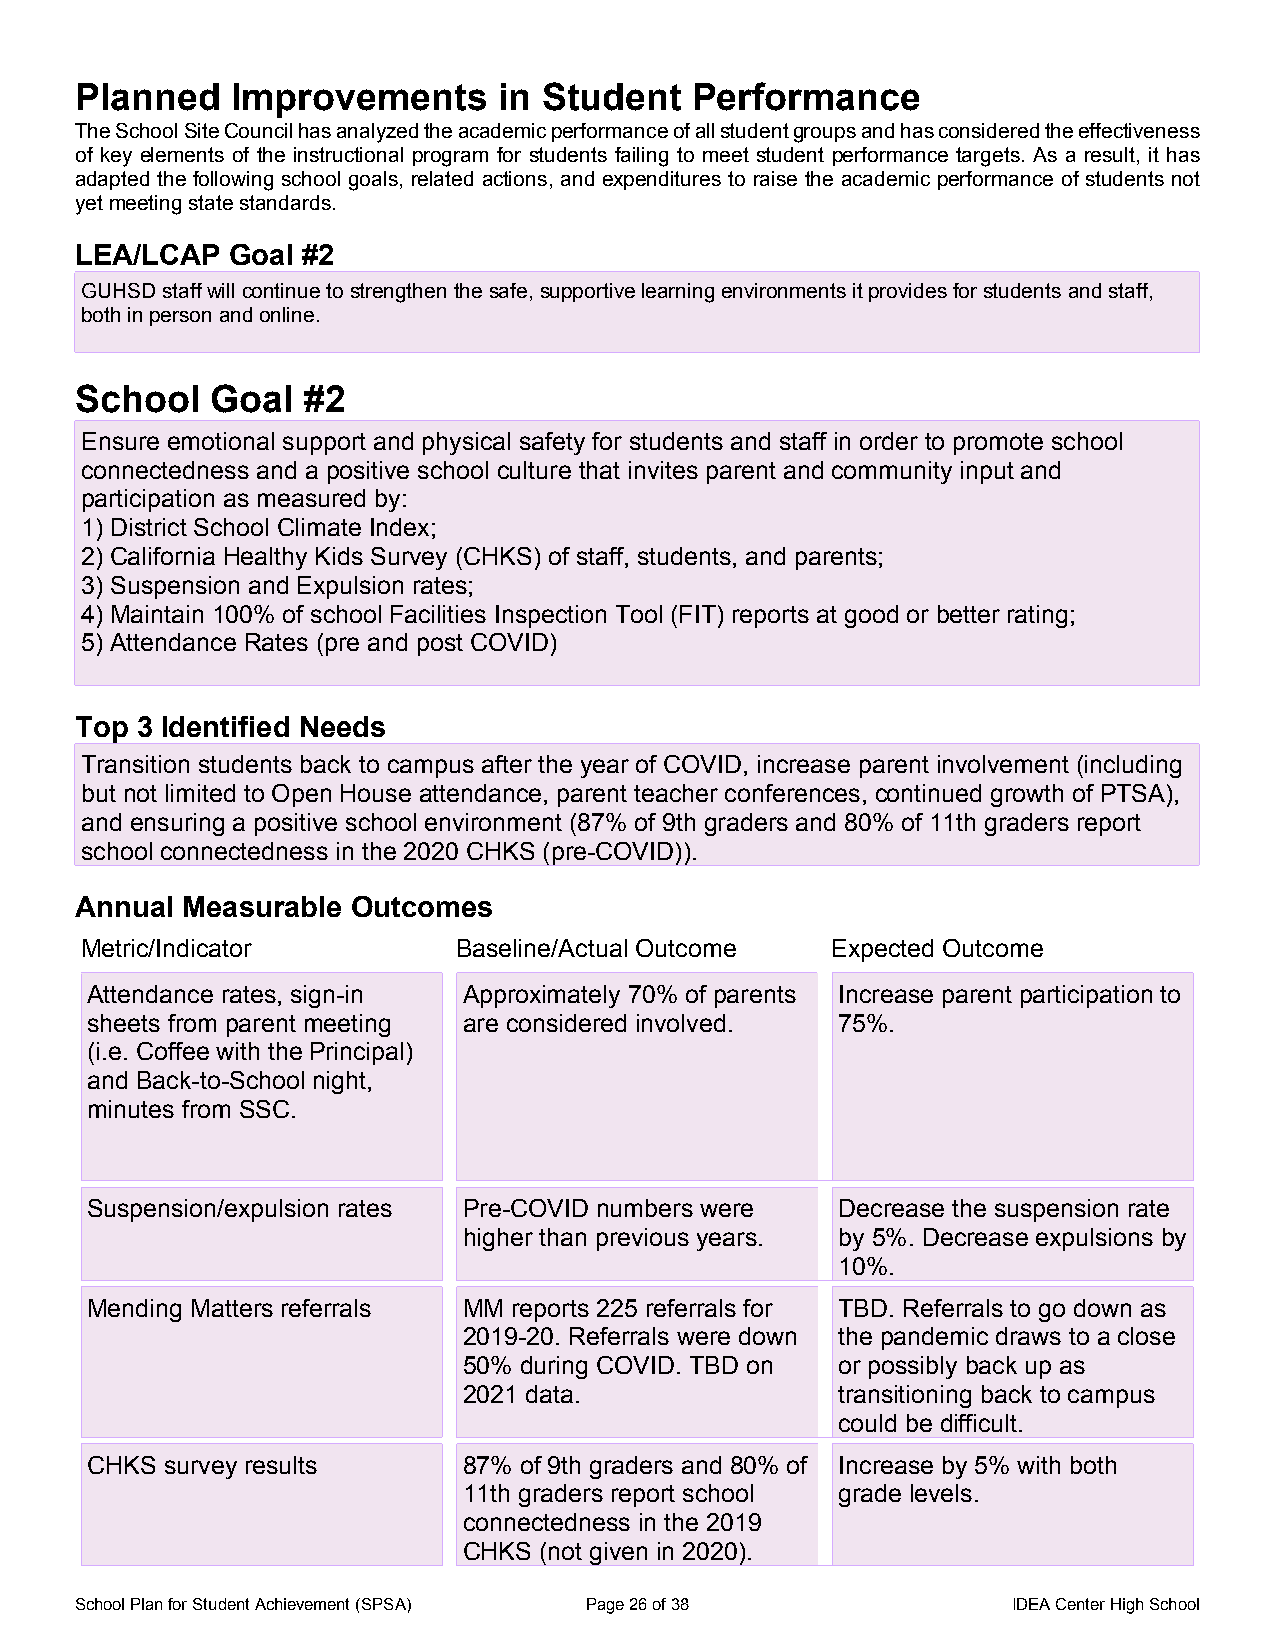
Planned   Improvements      in Student   Performance
 The School Site Council has analyzed the academic performance of all student groups and has considered the effectiveness
 of key elements of the instructional program for students failing to meet student performance targets. As a result, it has
 adapted the following school goals, related actions, and expenditures to raise the academic performance of students not
 yet meeting state standards.
 LEA/LCAP  Goal #2
 GUHSD staff will continue to strengthen the safe, supportive learning environments it provides for students and staff,
 both in person and online.
 School   Goal  #2
 Ensure emotional support and physical safety for students and staff in order to promote school
 connectedness and a positive school culture that invites parent and community input and
 participation as measured by:
 1) District School Climate Index;
 2) California Healthy Kids Survey (CHKS) of staff, students, and parents;
 3) Suspension and Expulsion rates;
 4) Maintain 100% of school Facilities Inspection Tool (FIT) reports at good or better rating;
 5) Attendance Rates (pre and post COVID)
 Top 3 Identified Needs
 Transition students back to campus after the year of COVID, increase parent involvement (including
 but not limited to Open House attendance, parent teacher conferences, continued growth of PTSA),
 and ensuring a positive school environment (87% of 9th graders and 80% of 11th graders report
 school connectedness in the 2020 CHKS (pre-COVID)).
 Annual Measurable Outcomes
 Metric/Indicator         Baseline/Actual Outcome  Expected Outcome
 Attendance rates, sign-in Approximately 70% of parents Increase parent participation to
 sheets from parent meeting are considered involved. 75%.
 (i.e. Coffee with the Principal)
 and Back-to-School night,
 minutes from SSC.
 Suspension/expulsion rates Pre-COVID numbers were Decrease the suspension rate
 higher than previous years. by 5%. Decrease expulsions by
 10%.
 Mending Matters referrals MM reports 225 referrals for TBD. Referrals to go down as
 2019-20. Referrals were down the pandemic draws to a close
 50% during COVID. TBD on or possibly back up as
 2021 data.              transitioning back to campus
 could be difficult.
 CHKS survey results      87% of 9th graders and 80% of Increase by 5% with both
 11th graders report school grade levels.
 connectedness in the 2019
 CHKS (not given in 2020).
 School Plan for Student Achievement (SPSA) Page 26 of 38      IDEA Center High School